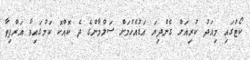
ކޯޓުގައި މިއަދު ކުރިއަށް ގެންދިޔަ އަޑުއެހުމަށް ސަލްމާންގެ ދެ ކޮއްކޮ ކަމުގައިވާ އަރްޕިތާ